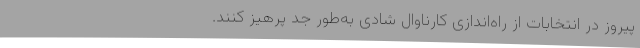
پیروز در انتخابات از راه‌اندازی کارناوال شادی به‌طور جد پرهیز کنند.